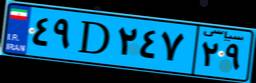
۴۹D۲۴۷۲۹